Indian journal of veterinary science and animal husbandry - Volume 11,
Year: 1941
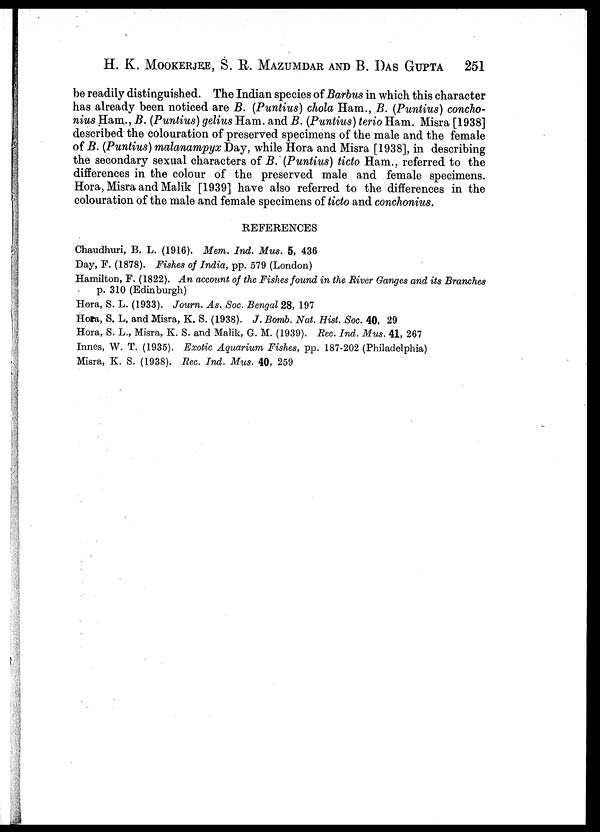
H. K. MOOKERJEE, S. R. MAZUMDAR AND B. DAS GUPTA 251
be readily distinguished. The Indian species of Barbus in which this character
has already been noticed are B. (Puntius) chola Ham., B. (Puntius) concho-
nius Ham., B. (Puntius) gelius Ham. and B. (Puntius) terio Ham. Misra [1938]
described the colouration of preserved specimens of the male and the female
of B. (Puntius) malanampyx Day, while Hora and Misra [1938], in describing
the secondary sexual characters of B. (Puntius) ticto Ham., referred to the
differences in the colour of the preserved male and female specimens.
Hora, Misra and Malik [1939] have also referred to the differences in the
colouration of the male and female specimens of ticto and conchonius.
REFERENCES
Chaudhuri, B. L. (1916). Mem. Ind. Mus. 5, 436
Day, F. (1878). Fishes of India, pp. 579 (London)
Hamilton, F. (1822). An account of the Fishes found in the River Ganges and its Branches
p. 310 (Edinburgh)
Hora, S. L. (1933). Journ. As. Soc. Bengal 28, 197
Hora, S. L. and Misra, K. S. (1938). J. Bomb. Nat. Hist. Soc. 40, 29
Hora, S. L., Misra, K. S. and Malik, G. M. (1939). Rec. Ind. Mus. 41, 267
Innes, W. T. (1935). Exotic Aquarium Fishes, pp. 187-202 (Philadelphia)
Misra, K. S. (1938). Rec. Ind. Mus. 40, 259